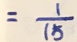
= \frac { 1 } { 1 5 }